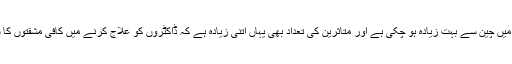
مہلوکین کی تعداد اٹلی میں چین سے بہت زیادہ ہو چکی ہے اور متاثرین کی تعداد بھی یہاں اتنی زیادہ ہے کہ ڈاکٹروں کو علاج کرنے میں کافی مشقتوں کا سامنا کرنا پڑ رہا ہے۔